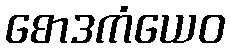
စောဒကံယေဝ